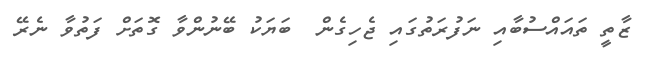
ޒާތީ ތައައްސުބާއި ނަފުރަތުގައި ޖެހިގެން  ބަޔަކު ބޭނުންވާ ގޮތަށް ފަތުވާ ނެރޭ